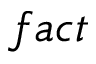
f a c t